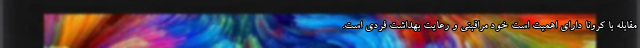
مقابله با کرونا دارای اهمیت است خود مراقبتی و رعایت بهداشت فردی است.